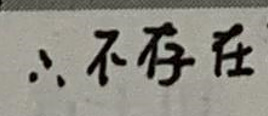
$\therefore$不存在